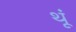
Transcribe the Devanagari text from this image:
थूं